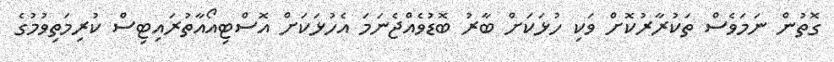
ގޮތުން ނަމަވެސް ތަކުރާރުކޮށް ވަކި ހުޅަކަށް ބާރު ބޮޑުވެއްޖެނަމަ އެހުޅަކަށް އޮސްޓިއޯއާތުރައިޓިސް ކުރިމަތިވުމުގެ